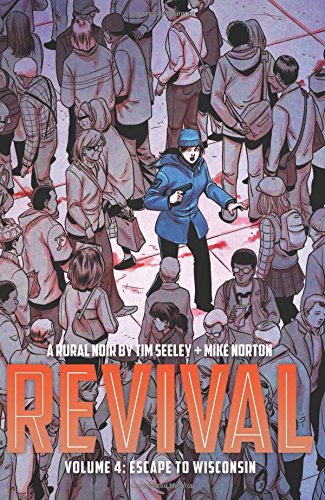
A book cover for Revival Volume 4: Escape to Wisconsin (Revival (Image Comics)); Tim Seeley; Comics & Graphic Novels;